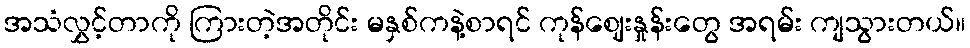
အသံလွှင့်တာကို ကြားတဲ့အတိုင်း မနှစ်ကနဲ့စာရင် ကုန်ဈေးနှုန်းတွေ အရမ်း ကျသွားတယ်။